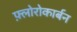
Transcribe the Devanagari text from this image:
फ़्लोरोकार्बन